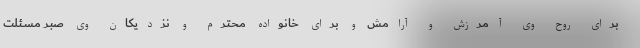
برای روح وی آمرزش و آرامش و برای خانواده محترم و نزدیکان وی صبر مسئلت